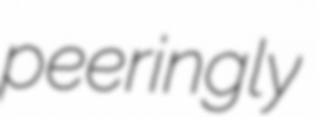
peeringly